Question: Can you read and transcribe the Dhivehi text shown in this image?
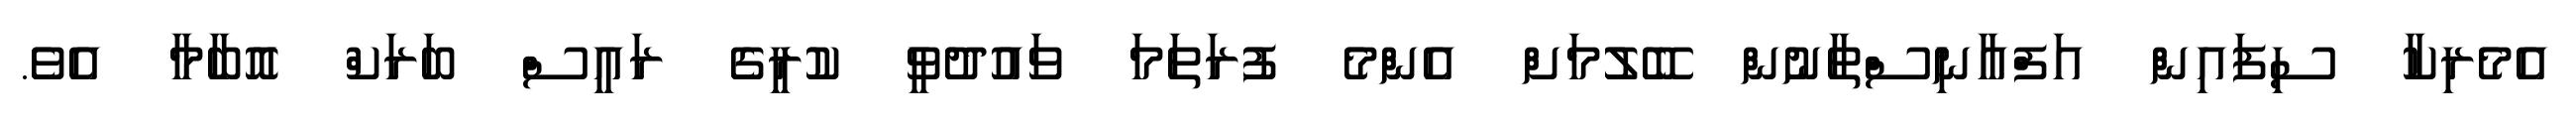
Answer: އެމެރިކާ ސިފައިން އަފްޣާނިސްތާނުން ބޭލުމަށް އެންމެ ފުރަތަމަ ވައުދުވީ ކުރީގެ ރައީސް ބަރަކް އޮބާމާ އެވެ.